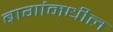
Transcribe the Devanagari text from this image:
बागांमधील